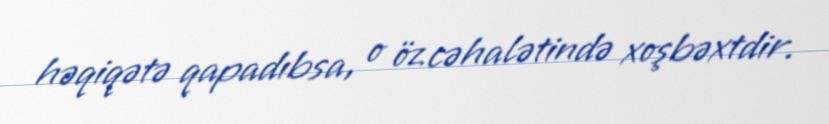
həqiqətə qapadıbsa, o öz cəhalətində xoşbəxtdir.